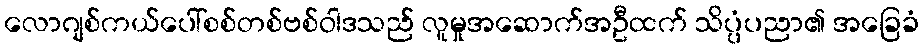
လောဂျစ်ကယ်ပေါ်စစ်တစ်ဗစ်ဝါဒသည် လူမှုအဆောက်အဦထက် သိပ္ပံပညာ၏ အခြေခံ